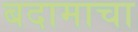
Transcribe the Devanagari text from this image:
बदामाचा